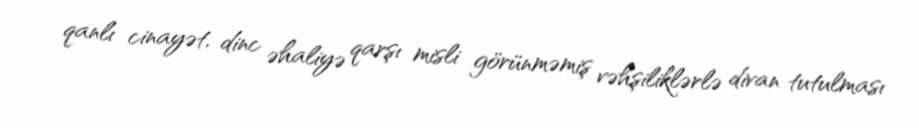
qanlı cinayət, dinc əhaliyə qarşı misli görünməmiş vəhşiliklərlə divan tutulması